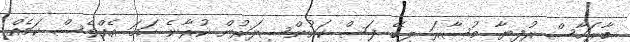
ބާރަހާސް ރުފިޔާ މުސާރަ ލިބޭ ފަސް ކައުންސިލަރުން ކުރާނެ ހަމަ އެއްވެސް ކަމެއް